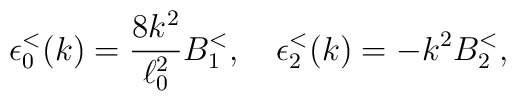
\epsilon^< _0(k) = {8 k^2 \over \ell_0^2} B^<_1, \quad \epsilon^< _2(k) = - k^2 B^<_2,